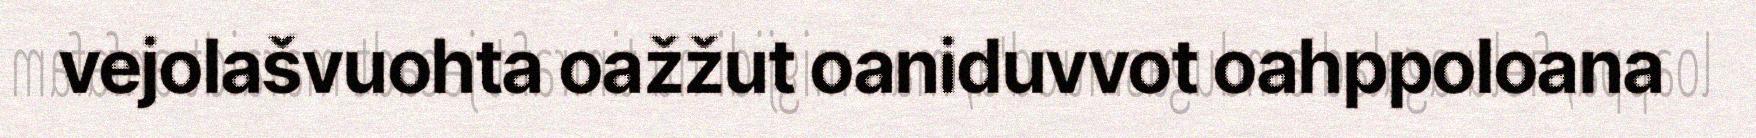
vejolašvuohta oažžut oaniduvvot oahppoloana